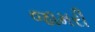
જામરી